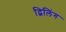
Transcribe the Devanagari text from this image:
द्विलिंग